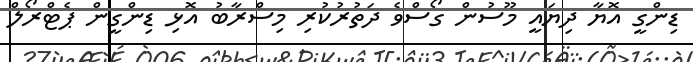
ޑިންގީ އޮޔާ ދިޔައީ މޫސުން ގޯސްވެ ދަތުރުކުރި މިސްރާބު އޮޅި ޑިންގީން ޕެޓްރޯލް